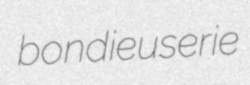
bondieuserie